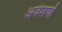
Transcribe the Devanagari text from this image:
अवेशषों